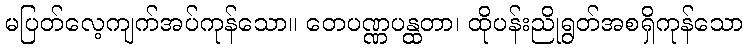
မပြတ်လေ့ကျက်အပ်ကုန်သော။ တေပဏ္ဏပန္ထတာ၊ ထိုပန်းညိုရွတ်အစရှိကုန်သော